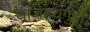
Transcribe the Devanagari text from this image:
थाजहथंगुड़ी